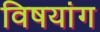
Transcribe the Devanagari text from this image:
विषयांग